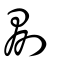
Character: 剟